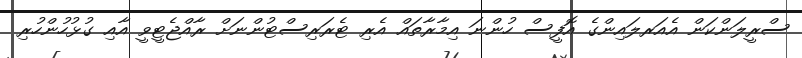
ސްރީލަންކަން އެއަރލައިންގެ އޮފީސް ހުންނަ އިމާރާތައް އެރި ޓެރަރިސްޓުންނަށް ރާއްޖެޓީވީ އާއި ގުޅުހުންހުރި